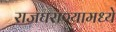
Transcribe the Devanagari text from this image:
राजघराण्यामध्ये